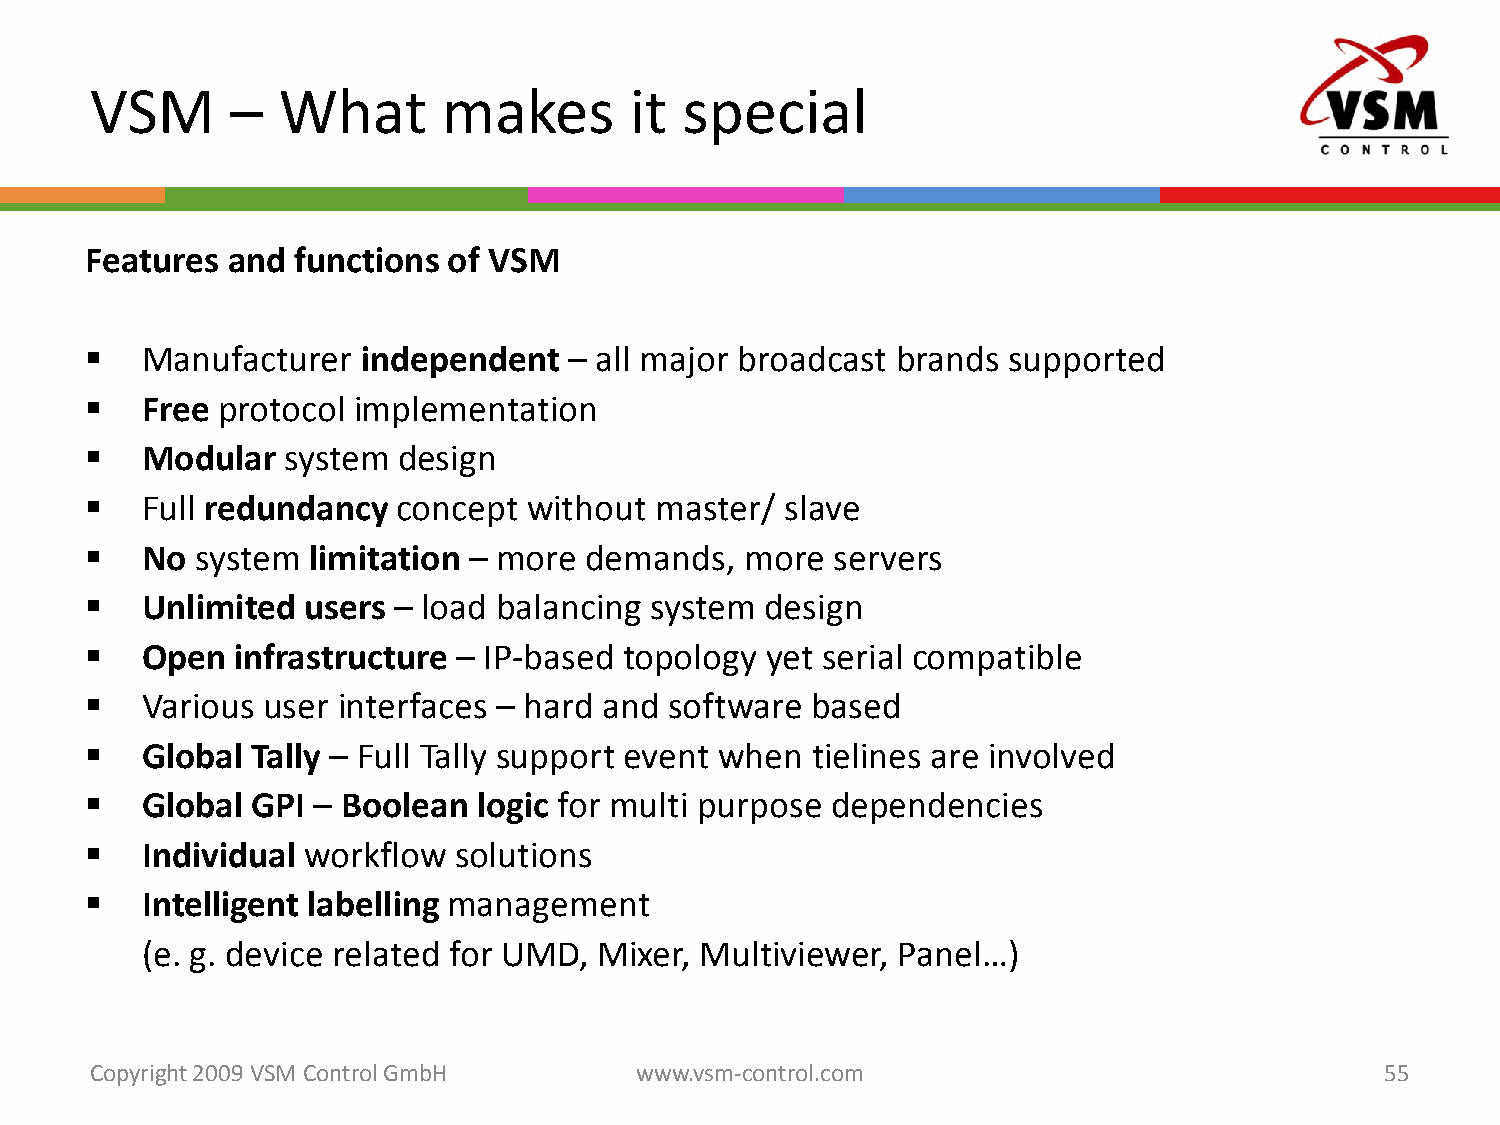
VSM      –  What       makes        it special
 Features and functions  of VSM
   Manufacturer   independent   – all major broadcast brands supported
   Free protocol implementation
   Modular   system design
   Full redundancy  concept  without master/  slave
   No  system limitation – more  demands,  more  servers
   Unlimited  users – load balancing system  design
   Open  infrastructure – IP-based topology  yet serial compatible
   Various user interfaces – hard and software  based
   Global  Tally – Full Tally support event when tielines are involved
   Global  GPI – Boolean  logic for multi purpose dependencies
   Individual workflow  solutions
   Intelligent labelling management
 (e. g. device related for UMD, Mixer, Multiviewer, Panel…)
 Copyright 2009 VSM ControlGmbH      www.vsm-control.com                               55